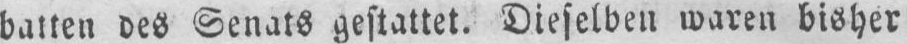
batten des Senats gestattet. Dieselben waren bisher